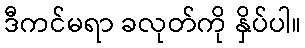
ဒီကင်မရာ ခလုတ်ကို နှိပ်ပါ။